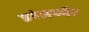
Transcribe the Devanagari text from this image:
डवेलपमेंट